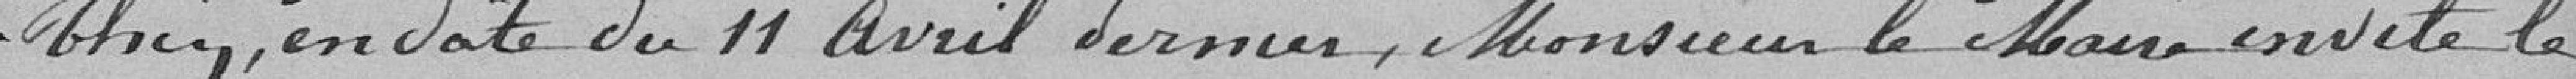
rhin, en date du 11 avril dernier, Monsieur le maire invite le